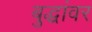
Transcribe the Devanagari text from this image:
बुद्धांवर